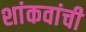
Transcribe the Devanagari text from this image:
शांकवांची